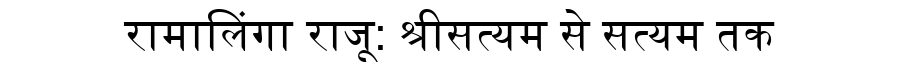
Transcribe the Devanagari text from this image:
रामालिंगा राजू: श्रीसत्यम से सत्यम तक